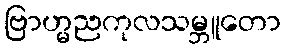
ဗြာဟ္မညကုလသမ္ဘူတော